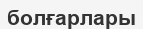
болғарлары